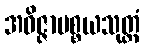
အဝိဇ္ဇာပစ္စယသုတ္တံ